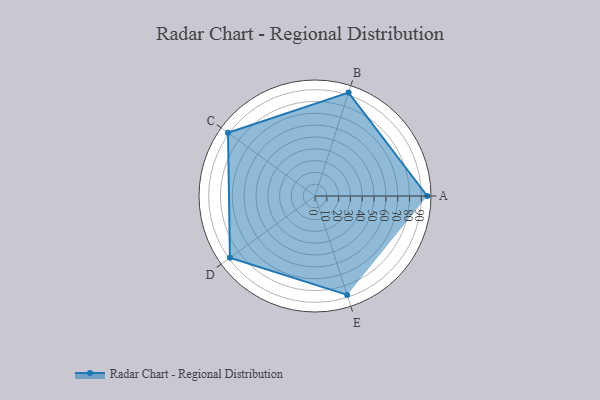
{"axis": {"x": "Skill", "y": "Score"}, "legend": ["Profile"], "data": [{"x": "A", "y": 95.0, "type": "Profile"}, {"x": "B", "y": 92.0, "type": "Profile"}, {"x": "C", "y": 91.0, "type": "Profile"}, {"x": "D", "y": 89.0, "type": "Profile"}, {"x": "E", "y": 88.0, "type": "Profile"}]}